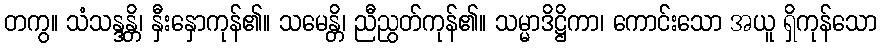
တကွ။ သံသန္ဒန္တိ၊ နှီးနှောကုန်၏။ သမေန္တိ၊ ညီညွတ်ကုန်၏။ သမ္မာဒိဋ္ဌိကာ၊ ကောင်းသော အယူ ရှိကုန်သော